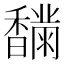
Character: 𩡟